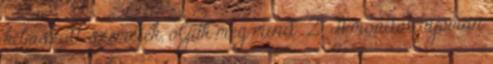
kibaszott szemetek, öljük meg mind 2 A mondat nyomán